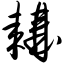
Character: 耩